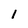
Character: 1